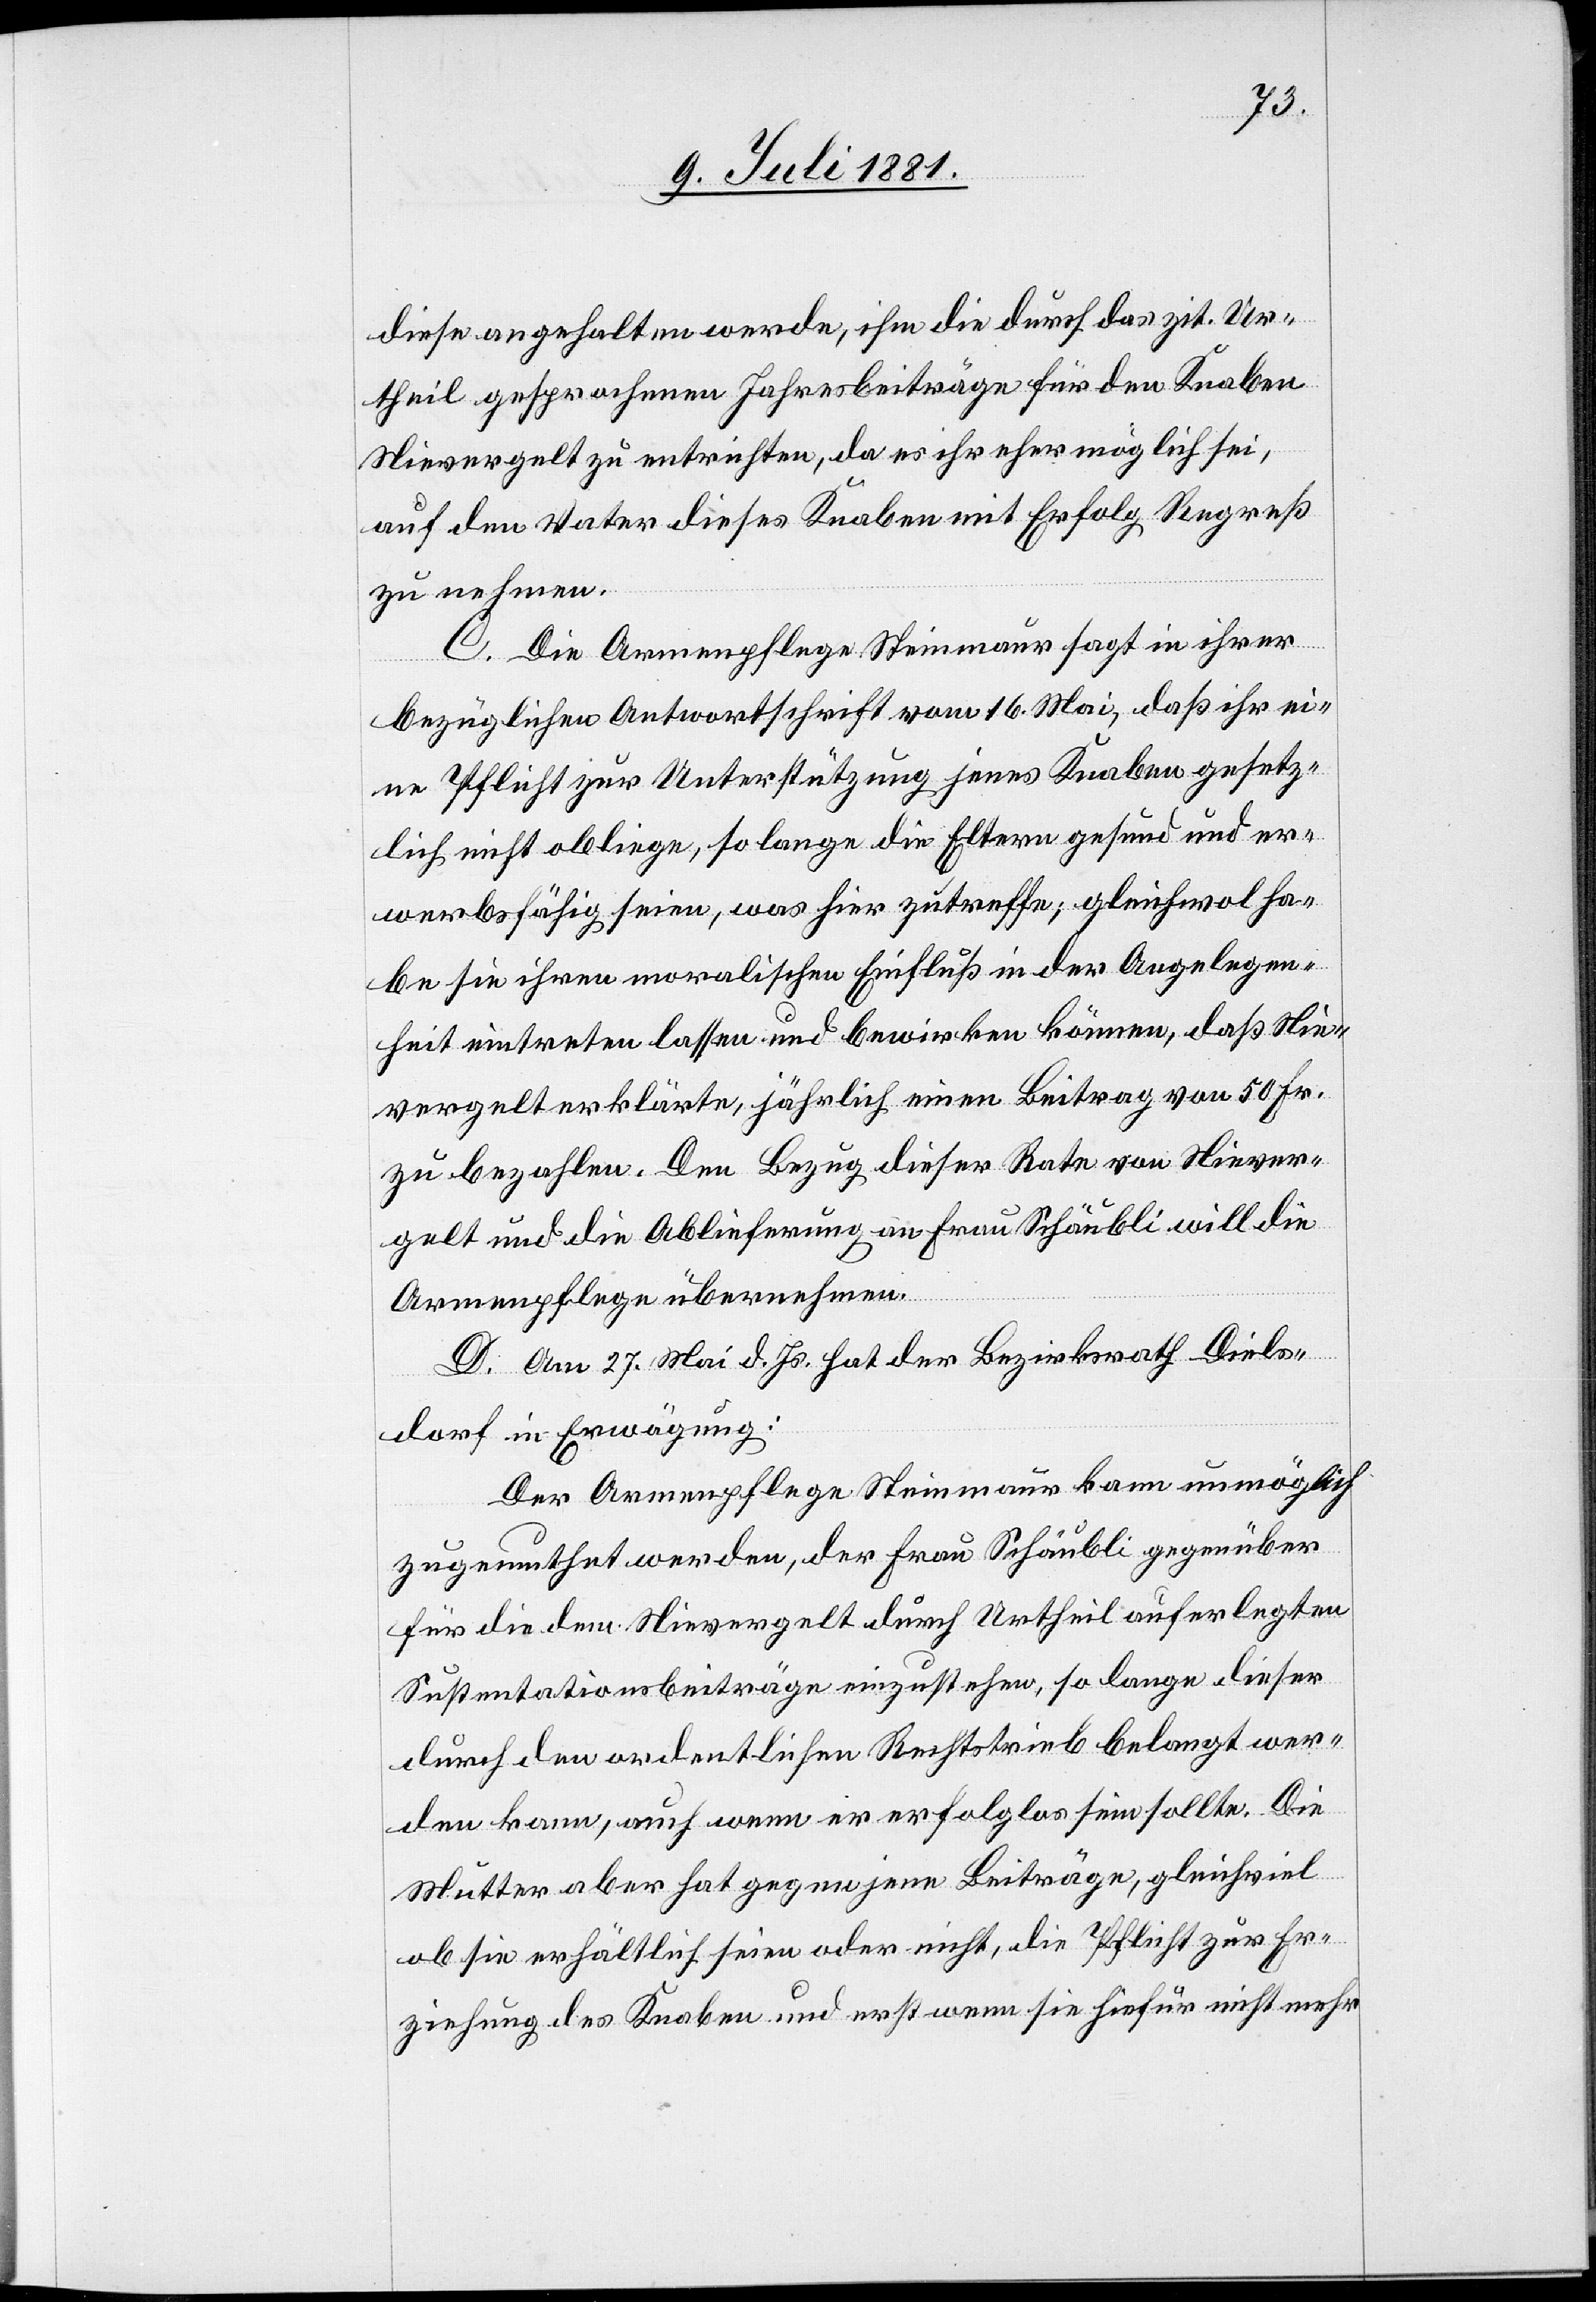
diese angehalten werde, ihm die durch das zit. Ur¬
theil gesprochenen Jahresbeiträge für den Knaben
Nievergelt zu entrichten, da es ihr eher möglich sei,
auf den Vater diese Knaben mit Erfolg Regreß
zu nehmen.
C. Die Armenpflege Steinmaur sagt in ihrer
bezüglichen Antwortschrift vom 16. Mai, daß ihr ei¬
ne Pflicht zur Unterstützung jenes Knaben gesetz¬
lich nicht obliege, so lange die Eltern gesund und er¬
werbsfähig seien, was hier zutreffe; gleichwol ha¬
be sie ihren moralischen Einfluß in der Angelegen¬
heit eintreten lassen und bewirken können, daß Nie¬
vergelt erklärte, jährlich einen Beitrag von 50 Fr.
zu bezahlen. Den Bezug dieser Rate von Niever¬
gelt und die Ablieferung an Frau Schäubli will die
Armenpflege übernehmen.
D Am 27. Mai d. Js. hat der Bezirksrath Diels¬
dorf in Erwägung:
Der Armenpflege Steinmaur kann unmöglich
zugemuthet werden, der Frau Schäubli gegenüber
für die dem Nievergelt durch Urtheil auferlegten
Sustentationsbeiträge einzustehen, so lange dieser
durch den ordentlichen Rechtstrieb belangt wer¬
den kann, auch wenn er erfolglos sein sollte. Die
Mutter aber hat gegen jene Beiträge, gleichviel
ob sie erhältlich seien oder nicht, die Pflicht zur Er¬
ziehung des Knaben und erst wenn sie hiefür nicht mehr